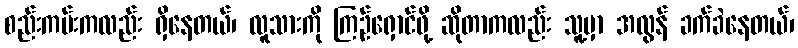
စည်းကမ်းကလည်း ရှိနေတယ်၊ လူသားကို ကြဉ်ရှောင်ဖို့ ဆိုတာကလည်း သူ့မှာ အလွန် ခက်ခဲနေတယ်၊